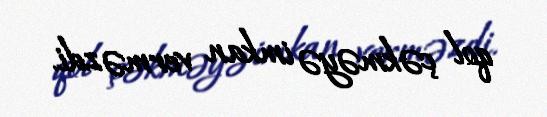
qol çəkməyə imkan verməzdi.